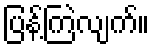
ပြန့်ကြဲလျက်။